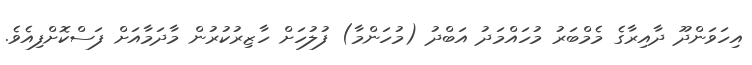
އިހަވަންދޫ ދާއިރާގެ މެމްބަރު މުހައްމަދު އަބްދު (މުހަންމާ) ފުލުހަށް ހާޒިރުކުރުން މާދަމާއަށް ފަސްކޮށްފިއެވެ.